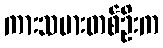
ကားသမားတစ်ဦးက